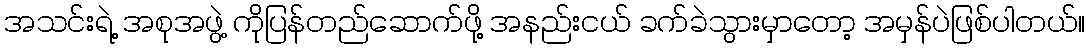
အသင်းရဲ့ အစုအဖွဲ့ ကိုပြန်တည်ဆောက်ဖို့ အနည်းငယ် ခက်ခဲသွားမှာတော့ အမှန်ပဲဖြစ်ပါတယ်။